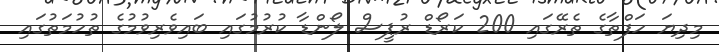
މިދިޔަ ހަފްތާގެ ތެރޭގައި 200 ކަރޯޑް ރުޕީސް ލޯންޑާ ކުރުމުގައި ބައިވެރިވުމުގެ ތުހުމަތުގައި